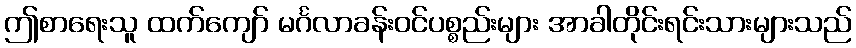
ဤစာရေးသူ ထက်ကျော် မင်္ဂလာခန်းဝင်ပစ္စည်းများ အာခါတိုင်းရင်းသားများသည်